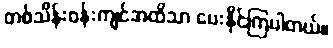
တစ်သိန်းဝန်းကျင်အထိသာ ပေးနိုင်ကြပါတယ်။